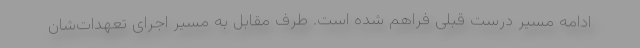
ادامه مسیر درست قبلی فراهم شده است. طرف مقابل به مسیر اجرای تعهدات‌شان